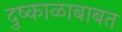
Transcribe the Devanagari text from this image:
दुष्काळाबाबत